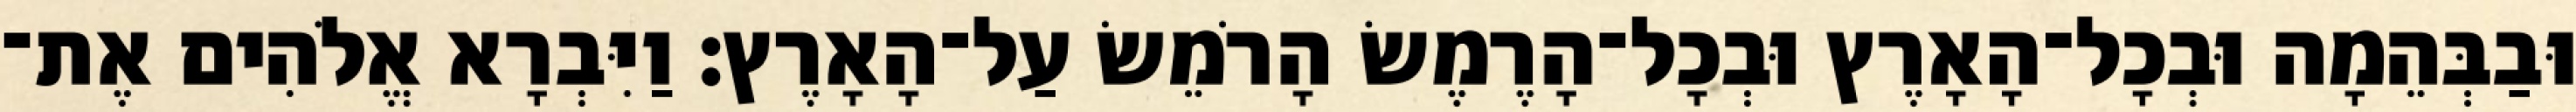
וּבַבְּהֵמָה וּבְכָל־הָאָרֶץ וּבְכָל־הָרֶמֶשׂ הָרֹמֵשׂ עַל־הָאָרֶץ׃ וַיִּבְרָא אֱלֹהִים אֶת־